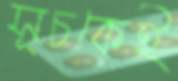
সূচকেই